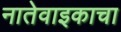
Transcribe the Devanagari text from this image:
नातेवाइकाचा